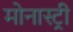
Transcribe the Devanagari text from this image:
मोनास्ट्री